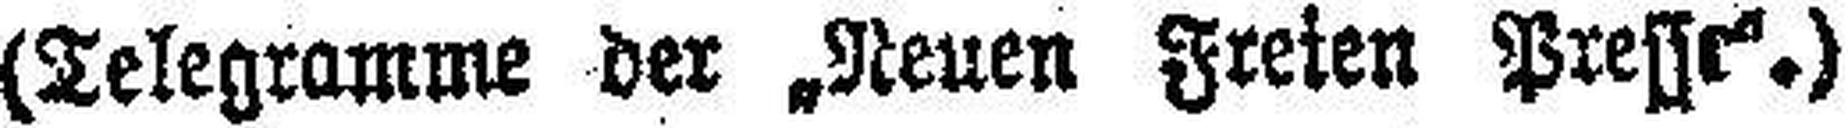
(Telegramme der „Neuen Freien Presse.)